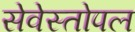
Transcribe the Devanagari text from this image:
सेवेस्तोपल